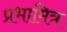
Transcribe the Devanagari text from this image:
प्रभामित्र